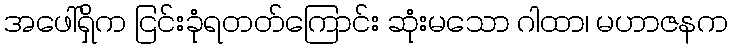
အဖေါ်ရှိက ငြင်းခုံရတတ်ကြောင်း ဆုံးမသော ဂါထာ၊ မဟာဇနက